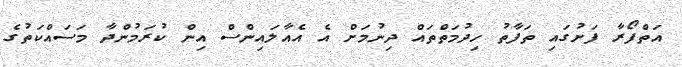
އަތްފޯރާ ފަށުގައި ތަފާތު ހިދުމަތްތައް ދިނުމަށް އެ އެއާލައިންސް އިން ކުރަމުންދާ މަސައްކަތުގެ